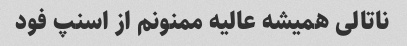
ناتالی همیشه عالیه ممنونم از اسنپ فود